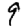
Digit: 9